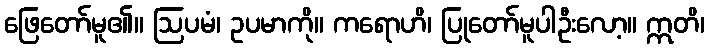
ဖြေတော်မူ၏။ ဩပမံ၊ ဥပမာကို။ ကရောဟိ၊ ပြုတော်မူပါဦးလော့။ ဣတိ၊